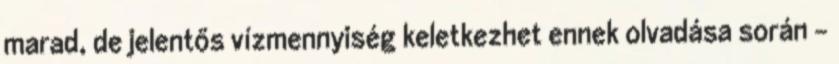
marad, de jelentős vízmennyiség keletkezhet ennek olvadása során -